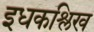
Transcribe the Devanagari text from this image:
इधकश्लिख